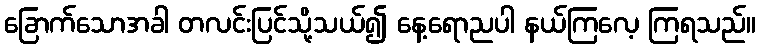
ခြောက်သောအခါ တလင်းပြင်သို့သယ်၍ နေ့ရောညပါ နယ်ကြလေ့ ကြရသည်။